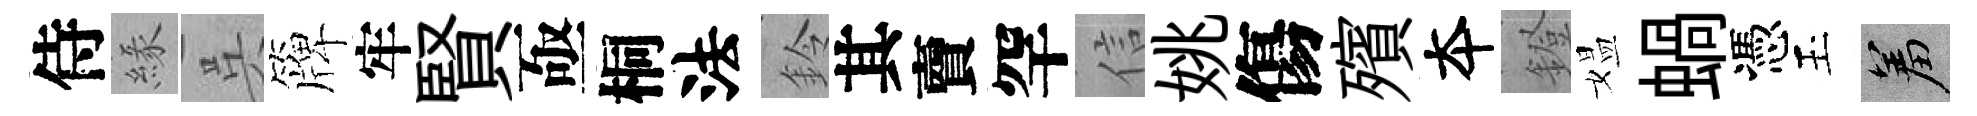
侍緣呉簰牢賢亟桐法鈴其𧶠罕信姚傷殯夲鐙媪蝸憑玉羞